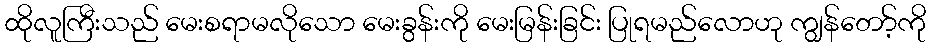
ထိုလူကြီးသည် မေးစရာမလိုသော မေးခွန်းကို မေးမြန်းခြင်း ပြုရမည်လောဟု ကျွန်တော့်ကို